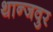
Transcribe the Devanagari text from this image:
थान्जवुर